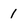
Character: 1